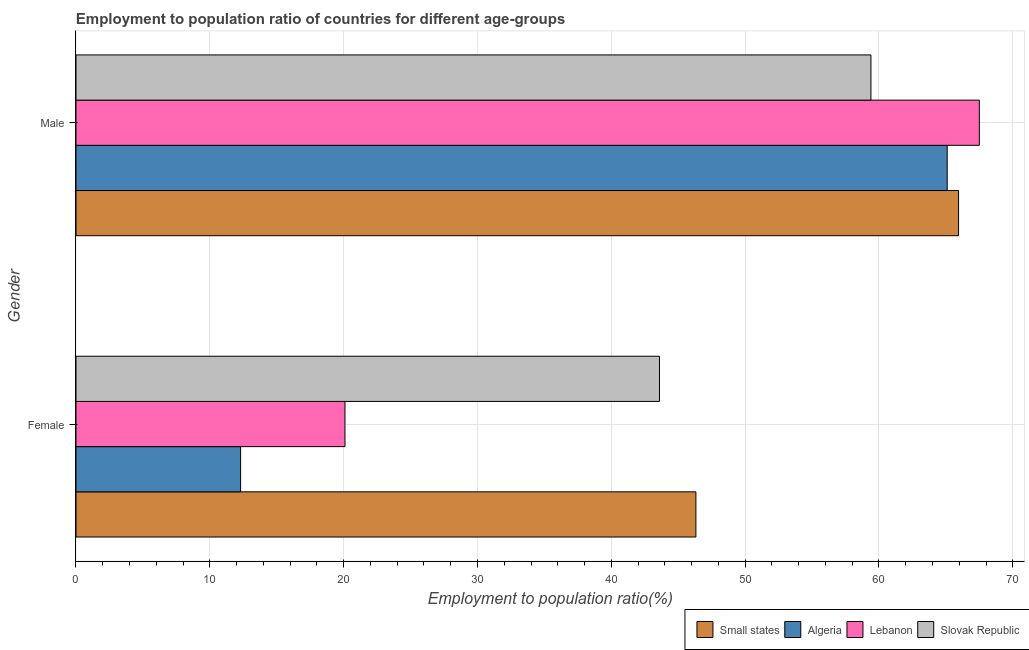
| Gender | Small states | Algeria | Lebanon | Slovak Republic |
 | --- | --- | --- | --- | --- |
 | Female | 46.3 | 12.3 | 20.1 | 43.6 |
 | Male | 65.9 | 65.1 | 67.5 | 59.4 |